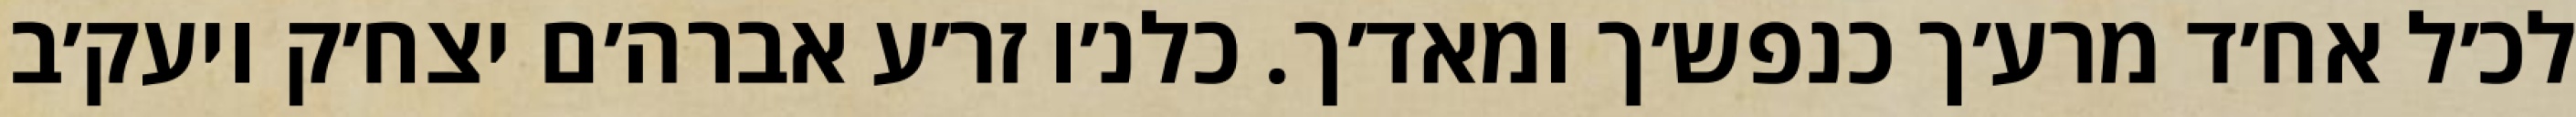
לכ׳ל אח׳ד מרע׳ך כנפש׳ך ומאד׳ך. כלנ׳ו זר׳ע אברה׳ם יצח׳ק ויעק׳ב